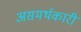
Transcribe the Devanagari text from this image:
असमर्थकारी